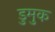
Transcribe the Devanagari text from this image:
डुमुक